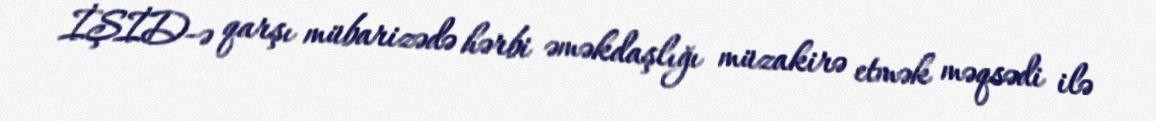
İŞİD-ə qarşı mübarizədə hərbi əməkdaşlığı müzakirə etmək məqsədi ilə